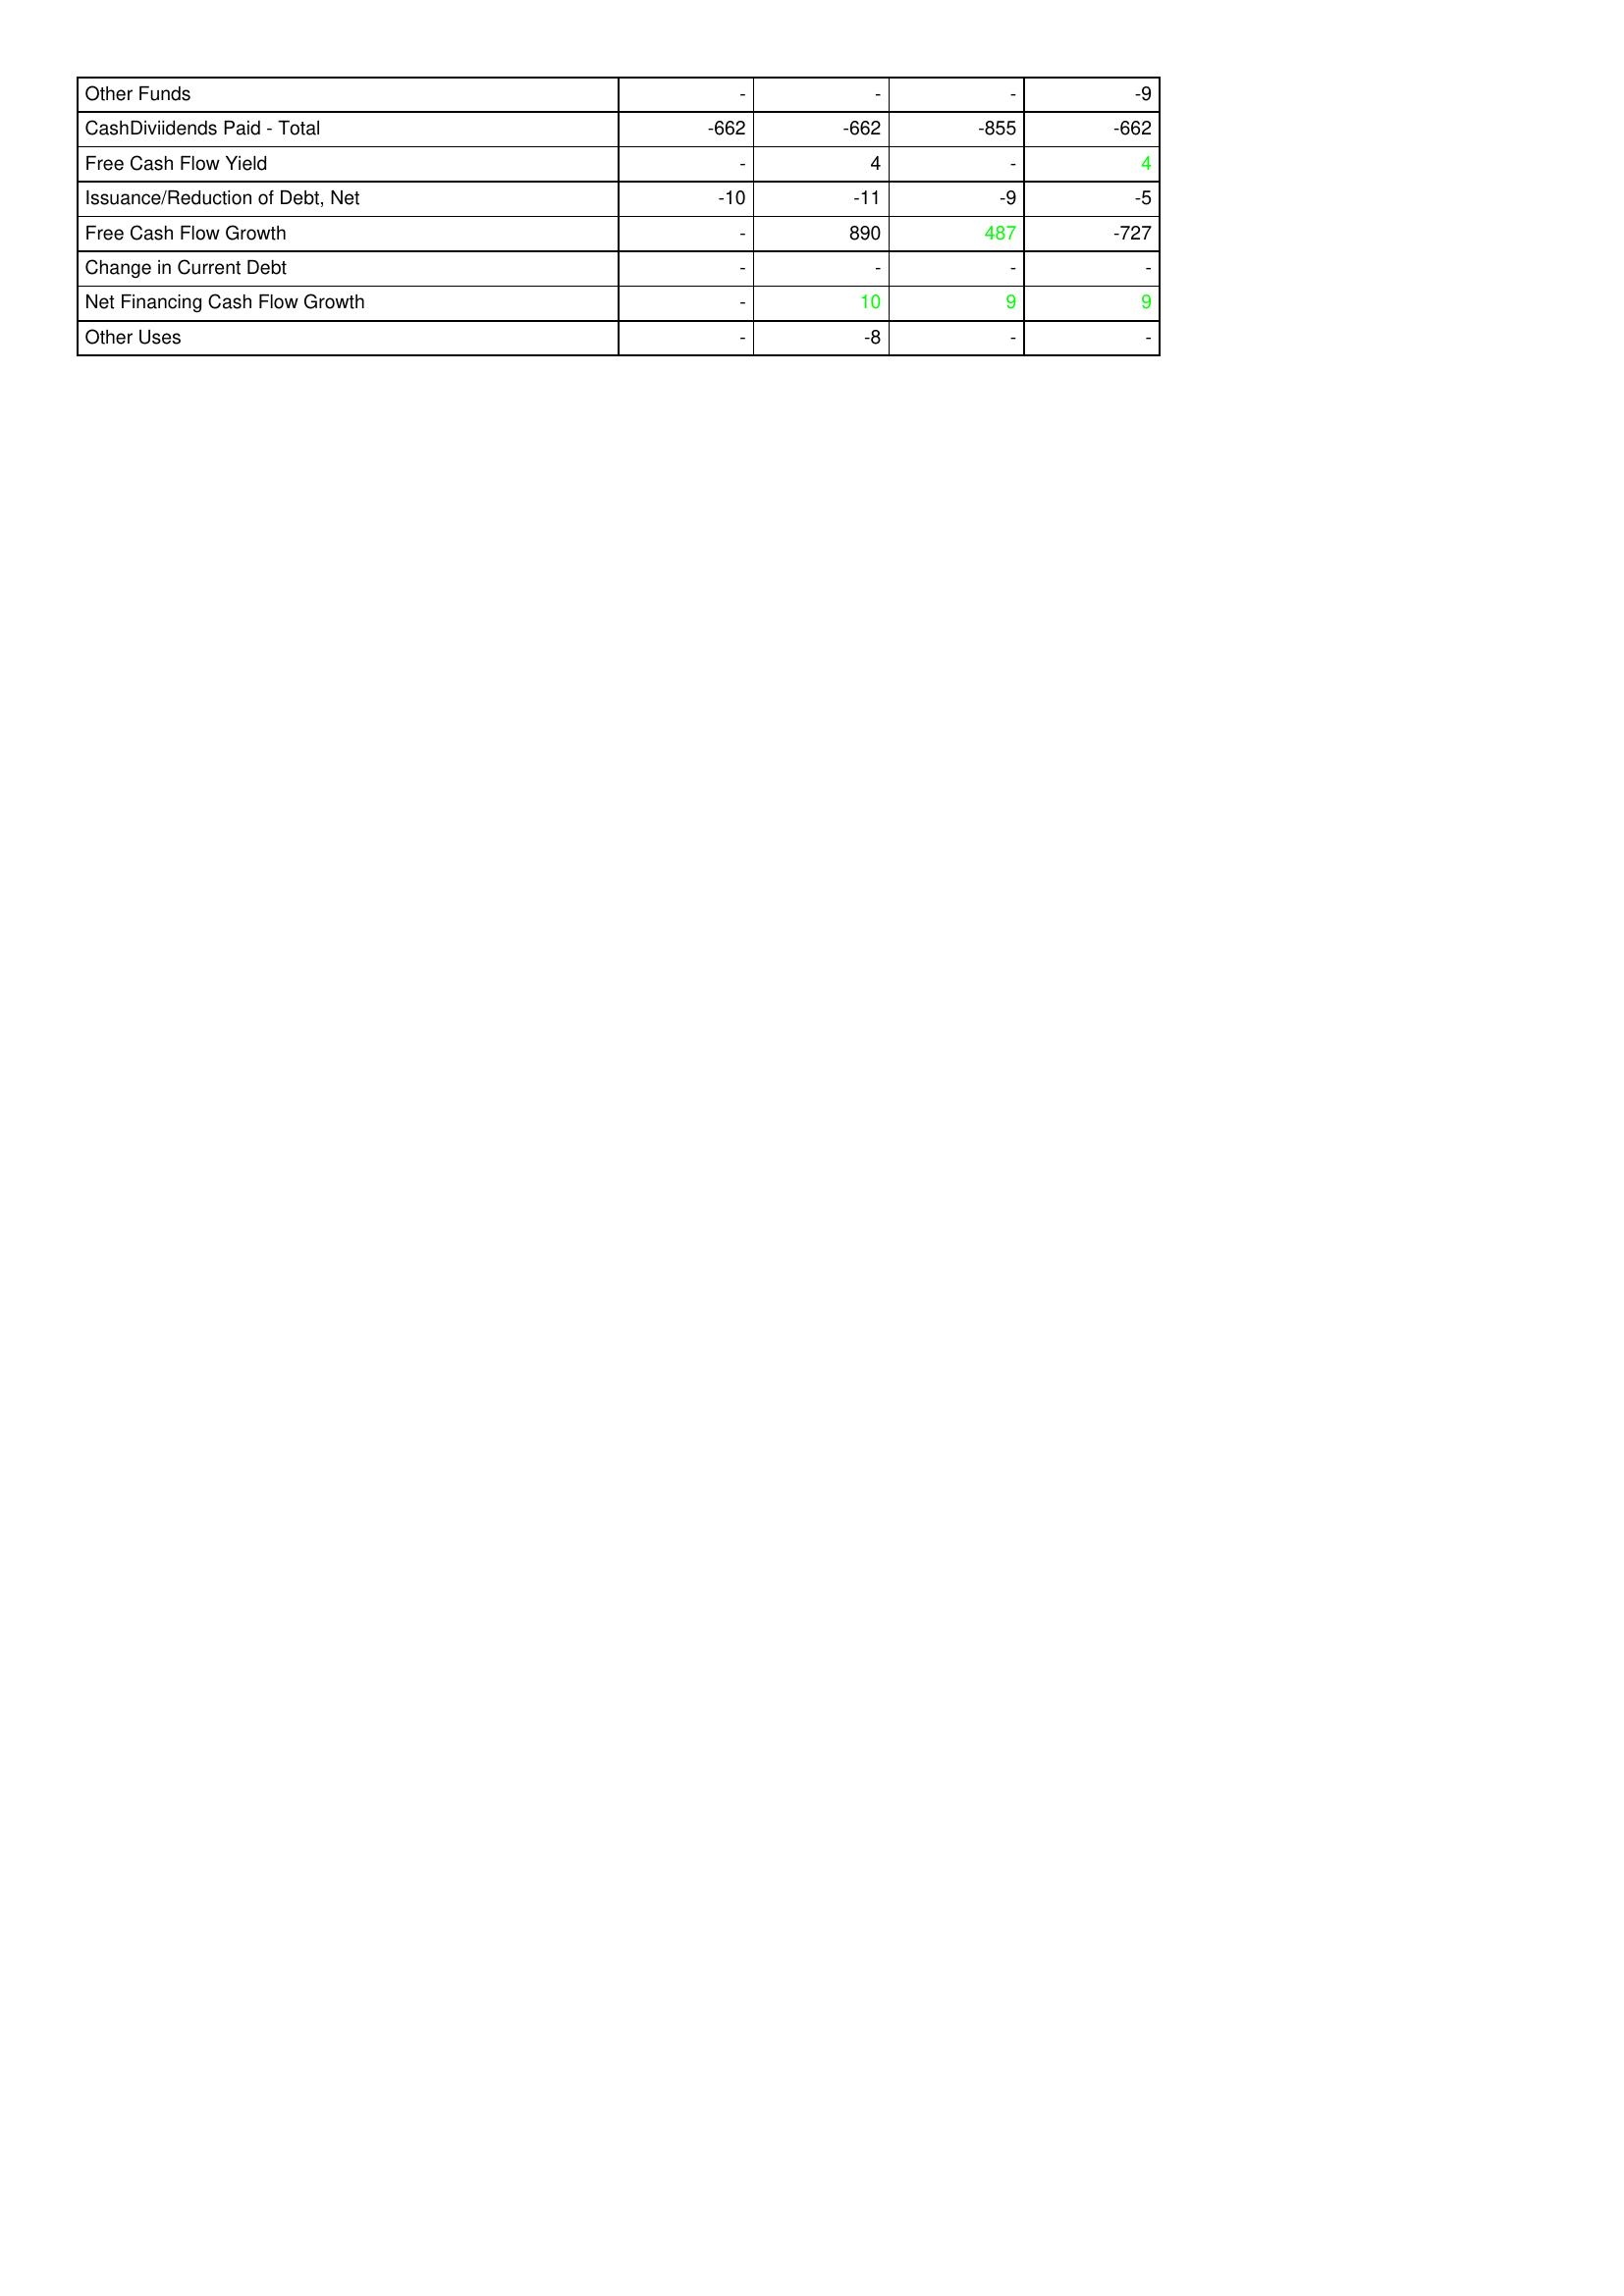
gt_parse: 2011: Financing Activities: Other Funds: -
CashDiviidends Paid - Total: -662
Free Cash Flow Yield: -
Issuance/Reduction of Debt, Net: -10
Free Cash Flow Growth: -
Change in Current Debt: -
Net Financing Cash Flow Growth: -
Other Uses: -
2012: Financing Activities: Other Funds: -
CashDiviidends Paid - Total: -662
Free Cash Flow Yield: 4
Issuance/Reduction of Debt, Net: -11
Free Cash Flow Growth: 890
Change in Current Debt: -
Net Financing Cash Flow Growth: 10
Other Uses: -8
2013: Financing Activities: Other Funds: -
CashDiviidends Paid - Total: -855
Free Cash Flow Yield: -
Issuance/Reduction of Debt, Net: -9
Free Cash Flow Growth: 487
Change in Current Debt: -
Net Financing Cash Flow Growth: 9
Other Uses: -
2014: Financing Activities: Other Funds: -9
CashDiviidends Paid - Total: -662
Free Cash Flow Yield: 4
Issuance/Reduction of Debt, Net: -5
Free Cash Flow Growth: -727
Change in Current Debt: -
Net Financing Cash Flow Growth: 9
Other Uses: -